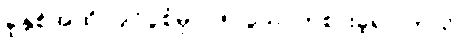
ခုနှစ်အထိ ပြိုင်ပွဲစုံမှာ (၅)ပွဲသာကစားခဲ့ရပါတယ်။